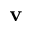
\mathbf { v }